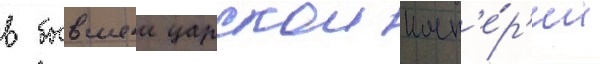
в бывшеи царскои имп'е́р'ии